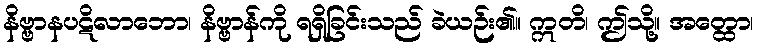
နိဗ္ဗာနပဋိလာဘော၊ နိဗ္ဗာန်ကို ရရှိခြင်းသည် ခဲယဉ်း၏။ ဣတိ၊ ဤသို့။ အတ္ထော၊